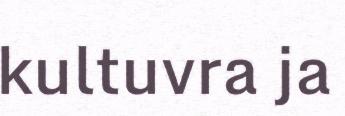
kultuvra ja